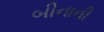
બીનાની